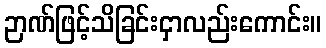
ဉာဏ်ဖြင့်သိခြင်းငှာလည်းကောင်း။